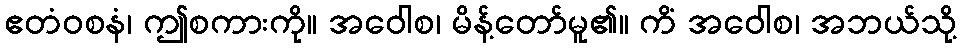
ဧတံဝစနံ၊ ဤစကားကို။ အဝေါစ၊ မိန့်တော်မူ၏။ ကိံ အဝေါစ၊ အဘယ်သို့